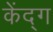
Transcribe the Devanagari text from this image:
केंद्ग